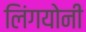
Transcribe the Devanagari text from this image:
लिंगयोनी